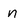
Character: n